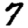
Digit: 7